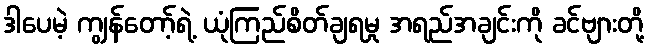
ဒါပေမဲ့ ကျွန်တော့်ရဲ့ ယုံကြည်စိတ်ချရမှု အရည်အချင်းကို ခင်ဗျားတို့